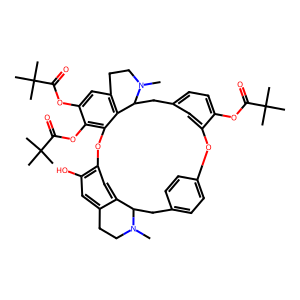
SMILES: CN1CCc2cc(O)c3cc2C1Cc1ccc(cc1)Oc1cc(ccc1OC(=O)C(C)(C)C)CC1c2c(cc(OC(=O)C(C)(C)C)c(OC(=O)C(C)(C)C)c2O3)CCN1C
Inhibits HIV replication: No